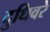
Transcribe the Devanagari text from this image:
दुधिवरे